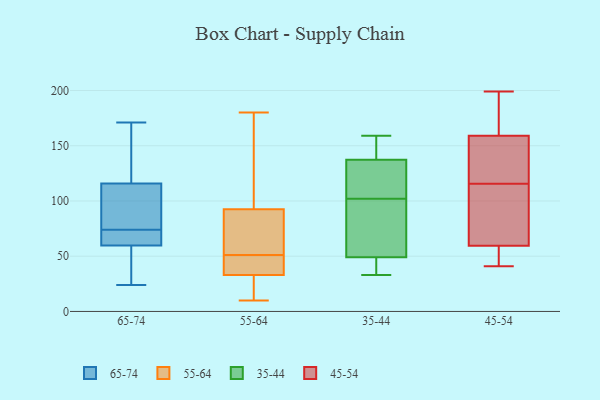
{"axis": {"x": "Budget (USD K)", "y": "Value"}, "legend": ["35-44", "45-54", "55-64", "65-74"], "data": [{"x": "", "y": 50, "type": "65-74"}, {"x": "", "y": 24, "type": "65-74"}, {"x": "", "y": 74, "type": "65-74"}, {"x": "", "y": 70, "type": "65-74"}, {"x": "", "y": 171, "type": "65-74"}, {"x": "", "y": 109, "type": "65-74"}, {"x": "", "y": 112, "type": "65-74"}, {"x": "", "y": 71, "type": "65-74"}, {"x": "", "y": 58, "type": "65-74"}, {"x": "", "y": 90, "type": "65-74"}, {"x": "", "y": 65, "type": "65-74"}, {"x": "", "y": 168, "type": "65-74"}, {"x": "", "y": 130, "type": "65-74"}, {"x": "", "y": 36, "type": "65-74"}, {"x": "", "y": 117, "type": "65-74"}, {"x": "", "y": 51, "type": "55-64"}, {"x": "", "y": 180, "type": "55-64"}, {"x": "", "y": 24, "type": "55-64"}, {"x": "", "y": 42, "type": "55-64"}, {"x": "", "y": 10, "type": "55-64"}, {"x": "", "y": 19, "type": "55-64"}, {"x": "", "y": 125, "type": "55-64"}, {"x": "", "y": 32, "type": "55-64"}, {"x": "", "y": 139, "type": "55-64"}, {"x": "", "y": 54, "type": "55-64"}, {"x": "", "y": 45, "type": "55-64"}, {"x": "", "y": 34, "type": "55-64"}, {"x": "", "y": 70, "type": "55-64"}, {"x": "", "y": 51, "type": "55-64"}, {"x": "", "y": 12, "type": "55-64"}, {"x": "", "y": 117, "type": "55-64"}, {"x": "", "y": 35, "type": "55-64"}, {"x": "", "y": 79, "type": "55-64"}, {"x": "", "y": 89, "type": "55-64"}, {"x": "", "y": 96, "type": "55-64"}, {"x": "", "y": 157, "type": "35-44"}, {"x": "", "y": 94, "type": "35-44"}, {"x": "", "y": 41, "type": "35-44"}, {"x": "", "y": 115, "type": "35-44"}, {"x": "", "y": 43, "type": "35-44"}, {"x": "", "y": 67, "type": "35-44"}, {"x": "", "y": 159, "type": "35-44"}, {"x": "", "y": 89, "type": "35-44"}, {"x": "", "y": 132, "type": "35-44"}, {"x": "", "y": 139, "type": "35-44"}, {"x": "", "y": 112, "type": "35-44"}, {"x": "", "y": 42, "type": "35-44"}, {"x": "", "y": 33, "type": "35-44"}, {"x": "", "y": 102, "type": "35-44"}, {"x": "", "y": 150, "type": "35-44"}, {"x": "", "y": 61, "type": "45-54"}, {"x": "", "y": 88, "type": "45-54"}, {"x": "", "y": 48, "type": "45-54"}, {"x": "", "y": 115, "type": "45-54"}, {"x": "", "y": 109, "type": "45-54"}, {"x": "", "y": 51, "type": "45-54"}, {"x": "", "y": 141, "type": "45-54"}, {"x": "", "y": 116, "type": "45-54"}, {"x": "", "y": 152, "type": "45-54"}, {"x": "", "y": 160, "type": "45-54"}, {"x": "", "y": 199, "type": "45-54"}, {"x": "", "y": 188, "type": "45-54"}, {"x": "", "y": 192, "type": "45-54"}, {"x": "", "y": 158, "type": "45-54"}, {"x": "", "y": 58, "type": "45-54"}, {"x": "", "y": 116, "type": "45-54"}, {"x": "", "y": 184, "type": "45-54"}, {"x": "", "y": 47, "type": "45-54"}, {"x": "", "y": 41, "type": "45-54"}, {"x": "", "y": 107, "type": "45-54"}]}